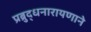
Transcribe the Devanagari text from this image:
प्रब्रुद्धनारायणाने